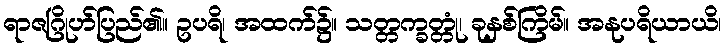
ရာဇဂြိုဟ်ပြည်၏။ ဥပရိ၊ အထက်၌။ သတ္တက္ခတ္တုံ၊ ခုနှစ်ကြိမ်။ အနုပရိယာယိ၊